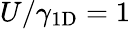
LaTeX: U/\gamma_{1\mathrm{D}}=1